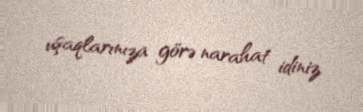
uşaqlarınıza görə narahat idiniz.